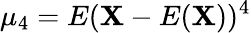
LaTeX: \mu_{4}=E(\mathbf{X}-E(\mathbf{X}))^{4}